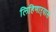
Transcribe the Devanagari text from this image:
लिहिणाऱ्यास